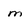
Character: m